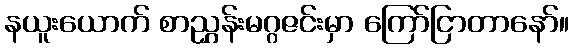
နယူးယောက် စာညွှန်းမဂ္ဂဇင်းမှာ ကြော်ငြာတာနော်။